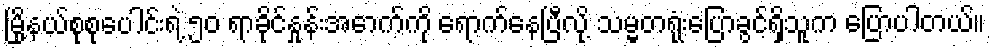
မြို့နယ်စုစုပေါင်းရဲ့ ၅၀ ရာခိုင်နှုန်းအောက်ကို ရောက်နေပြီလို့ သမ္မတရုံးပြောခွင့်ရှိသူက ပြောပါတယ်။